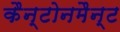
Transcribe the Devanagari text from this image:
कैन्टोनमैन्ट